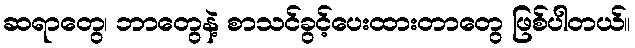
ဆရာတွေ၊ ဘာတွေနဲ့ စာသင်ခွင့်ပေးထားတာတွေ ဖြစ်ပါတယ်။